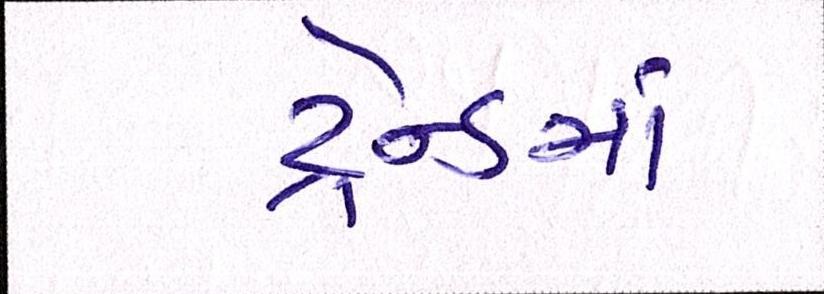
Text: ટ્રેન્ડમાં